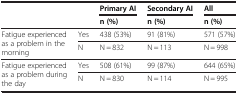
<table><thead><tr><td rowspan="2"><b> </b></td><td rowspan="2"><b> </b></td><td><b>Primary AI</b></td><td><b>Secondary AI</b></td><td><b>All</b></td></tr><tr><td><b>n (%)</b></td><td><b>n (%)</b></td><td><b>n (%)</b></td></tr></thead><tbody><tr><td rowspan="2">Fatigue experienced as a problem in the morning</td><td>Yes</td><td>438 (53%)</td><td>91 (81%)</td><td>571 (57%)</td></tr><tr><td>N</td><td>N = 832</td><td>N = 113</td><td>N = 998</td></tr><tr><td rowspan="2">Fatigue experienced as a problem during the day</td><td>Yes</td><td>508 (61%)</td><td>99 (87%)</td><td>644 (65%)</td></tr><tr><td>N</td><td>N = 830</td><td>N = 114</td><td>N = 995</td></tr></tbody></table>